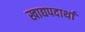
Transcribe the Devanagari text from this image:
खाद्यपदार्था